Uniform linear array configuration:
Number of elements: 64
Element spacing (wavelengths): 0.75
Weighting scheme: hann
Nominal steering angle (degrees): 0
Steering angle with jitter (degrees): -0.4116
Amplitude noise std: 0.05
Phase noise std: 0.05

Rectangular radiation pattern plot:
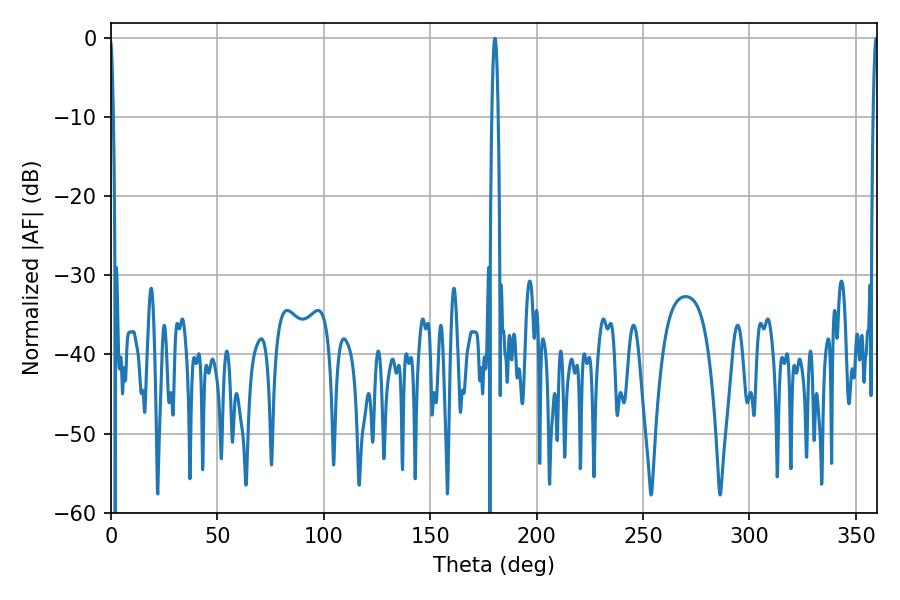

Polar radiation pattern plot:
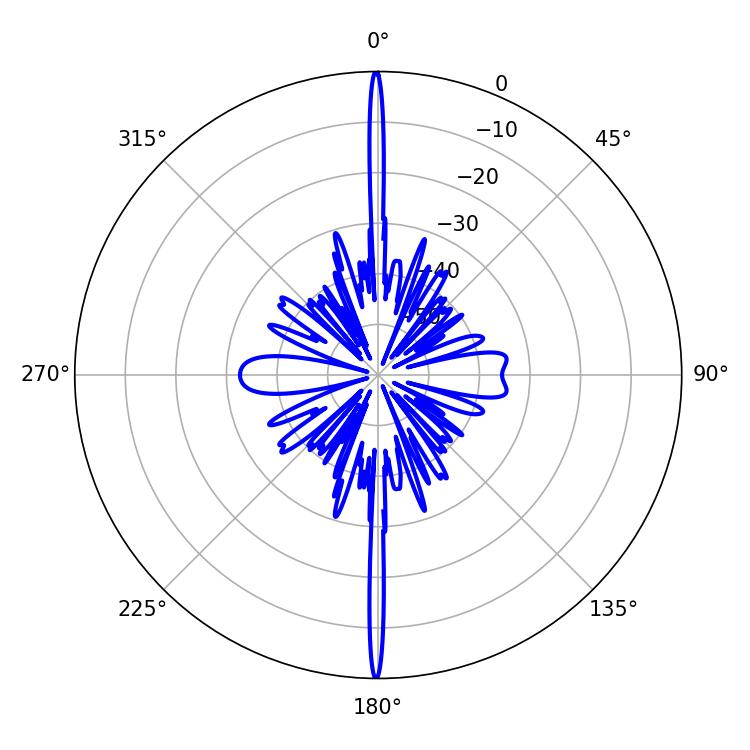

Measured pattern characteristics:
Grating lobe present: TRUE
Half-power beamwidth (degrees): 1.62
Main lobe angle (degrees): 180.36